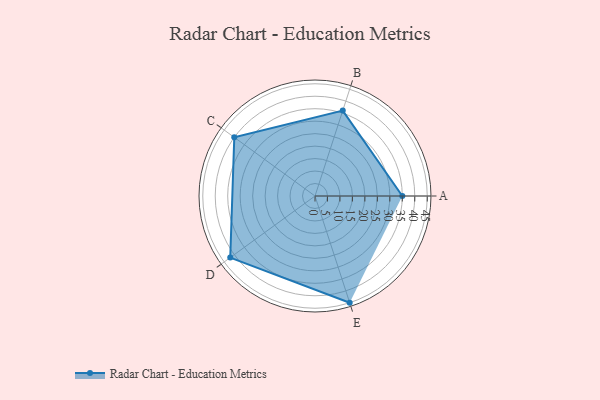
{"axis": {"x": "Skill", "y": "Score"}, "legend": ["Profile"], "data": [{"x": "A", "y": 35.0, "type": "Profile"}, {"x": "B", "y": 36.0, "type": "Profile"}, {"x": "C", "y": 40.0, "type": "Profile"}, {"x": "D", "y": 42.0, "type": "Profile"}, {"x": "E", "y": 45.0, "type": "Profile"}]}